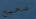
صحيح